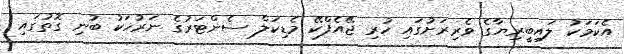
އެކަމަކު ލައިބީރިޔާގެ ވެރިރަށުގައި ހުރި ޖޭއެފްކޭ މެޑިކަލް ސެންޓަރުގެ ނަރުހަކު ބުނި ގޮތުގައި